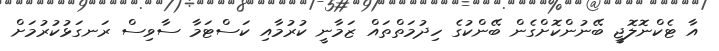
އާ ޓެކްނޮލޮޖީ ބޭނުންކޮށްގެން ބޭންކުގެ ހިދުމަތްތައް ޒަމާނީ ކުރުމާއި ކަސްޓަމާ ސާވިސް ރަނގަޅުކުރުމަށް